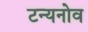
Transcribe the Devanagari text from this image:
टन्यनोव